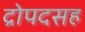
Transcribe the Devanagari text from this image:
द्रोपदसह